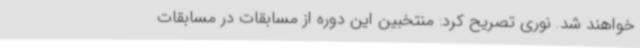
خواهند شد. نوری تصریح کرد: منتخبین این دوره از مسابقات در مسابقات